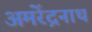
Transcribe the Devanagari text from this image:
अमरेंद्रनाथ